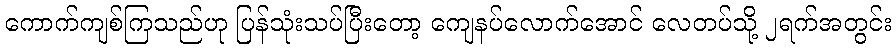
ကောက်ကျစ်ကြသည်ဟု ပြန်သုံးသပ်ပြီးတော့ ကျေနပ်လောက်အောင် လေတပ်သို့ ၂ရက်အတွင်း